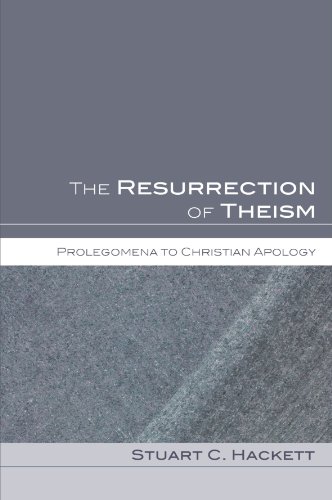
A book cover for The Resurrection of Theism: Prolegomena to Christian Apology; Stuart C. Hackett; Religion & Spirituality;